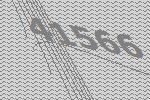
41566